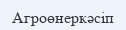
Агроөнеркәсіп